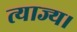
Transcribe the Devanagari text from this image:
त्याज्य।